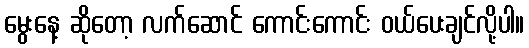
မွေးနေ့ ဆိုတော့ လက်ဆောင် ကောင်းကောင်း ဝယ်ပေးချင်လို့ပါ။